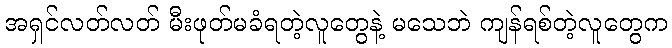
အရှင်လတ်လတ် မီးဖုတ်မခံရတဲ့လူတွေနဲ့ မသေဘဲ ကျန်ရစ်တဲ့လူတွေက